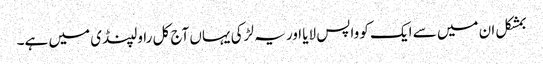
بمشکل ان میں سے ایک کو واپس لایا اور یہ لڑکی یہاں آج کل راولپنڈی میں ہے۔